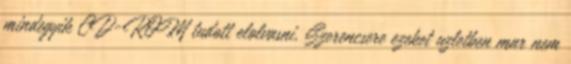
mindegyik CD-ROM tudott elolvasni. Szerencsere ezeket uzletben mar nem